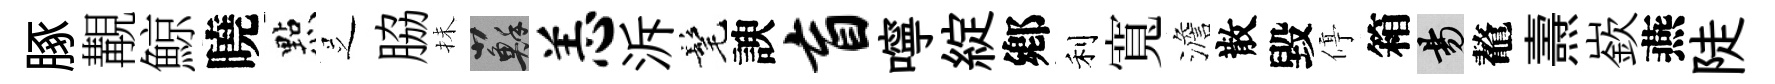
䐁覯鯨曉㸃𠯁脇抺蘇恙泝髦諛盲嚀綻鄕利寬澹散毀停箱昜鼇燾嶔燕陡